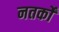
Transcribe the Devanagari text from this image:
नतर्कों